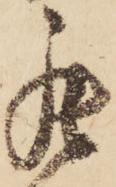
罷